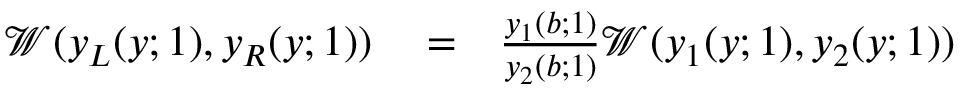
\begin{array} { r l r } { \mathscr { W } ( y _ { L } ( y ; 1 ) , y _ { R } ( y ; 1 ) ) } & { { } = } & { \frac { y _ { 1 } ( b ; 1 ) } { y _ { 2 } ( b ; 1 ) } \mathscr { W } ( y _ { 1 } ( y ; 1 ) , y _ { 2 } ( y ; 1 ) ) } \end{array}